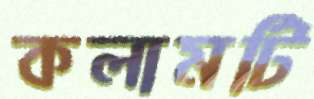
কলামটি